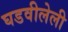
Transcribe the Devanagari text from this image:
घडवीलेली